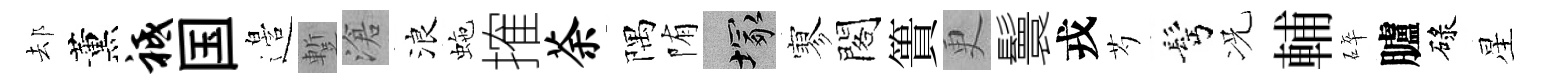
𨚫薰祗国邉蹔滄浪虵搉荼隅陏塚寥閣簣更鬟戎芍髩况輔碎臚碌星